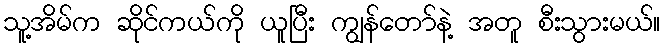
သူ့အိမ်က ဆိုင်ကယ်ကို ယူပြီး ကျွန်တော်နဲ့ အတူ စီးသွားမယ်။